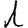
Digit: 1